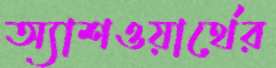
অ্যাশওয়ার্থের